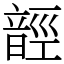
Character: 䪫